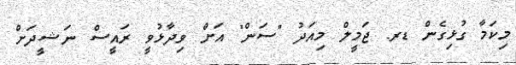
މިކަމާ ގުޅިގެން ޑރ. ޖަމީލް މިއަދު "ސަން" އަށް ވިދާޅުވީ ރައީސް ނަޝީދަށް